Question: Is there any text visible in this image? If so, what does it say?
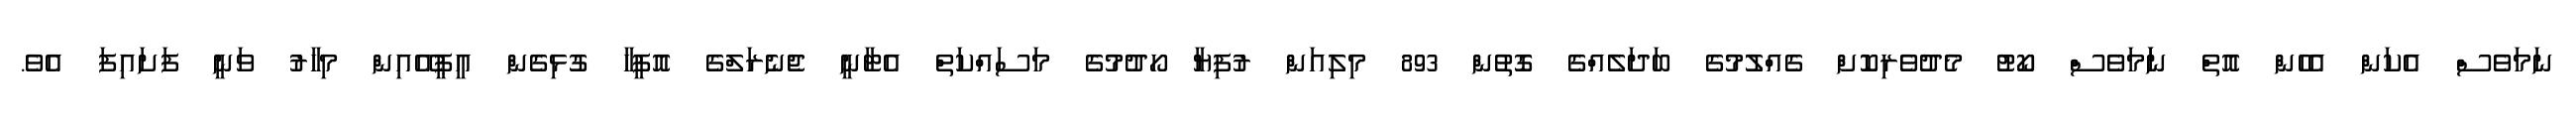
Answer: ނަމަވެސް އެކަން އެހެން އޮތް ނަަމަވެސް ކޯޓު މެދުވެރިކޮށް ގެއްލުމުގެ ބަދަލެއްގެ ގޮތުން 893 މިލިއަން ރުފިޔާ ހޯދުމުގެ މަސައްކަތް އެޓާނީ ޖެނެރަލްގެ އޮފީހާ ގުޅިގެން އީޕީއޭއިން މިހާރު ވަނީ ފަށައިފަ އެވެ.